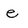
Character: e